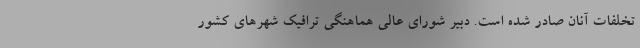
تخلفات آنان صادر شده است. دبیر شورای عالی هماهنگی ترافیک شهرهای کشور